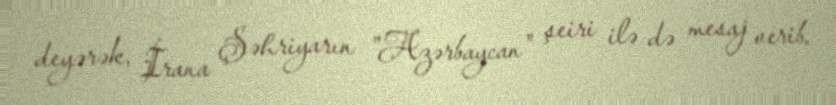
deyərək, İrana Şəhriyarın "Azərbaycan" şeiri ilə də mesaj verib.